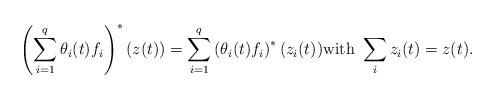
LaTeX: \begin{align*}\left(\sum_{i=1}^{q} \theta_i (t) f_i \right)^{*} (z(t))= \sum_{i=1}^{q} \left(\theta_i (t) f_i\right)^{*} (z_i (t)) \mbox{with} \ \sum_i z_i (t)= z(t) .\end{align*}